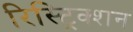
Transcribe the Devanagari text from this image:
रिस्ट्रिक्शन